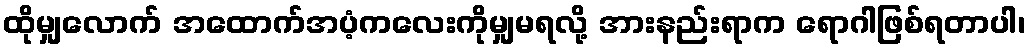
ထိုမျှလောက် အထောက်အပံ့ကလေးကိုမျှမရလို့ အားနည်းရာက ရောဂါဖြစ်ရတာပါ၊